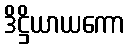
ဒိဋ္ဌိယာယကော